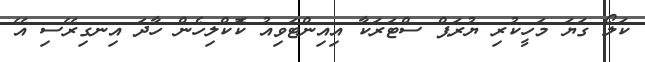
ކަލޯ ގަޔަ މަހީކުރި ޔުރަޕް ސްޓަރަކާ އިއިންޓަވިއު ކޮަކްލިހެން ހާދަ އިނގިރޭސި އޭ